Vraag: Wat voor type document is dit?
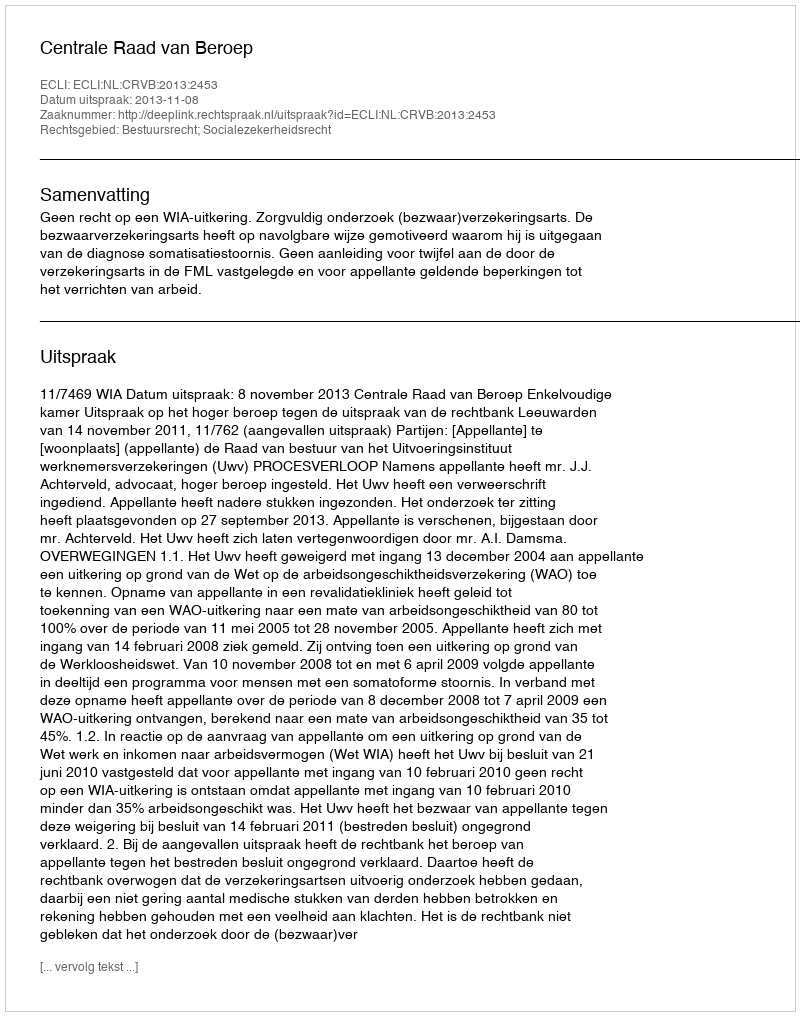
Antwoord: Uitspraak